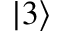
| 3 \rangle